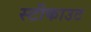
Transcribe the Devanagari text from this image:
स्टीकाउट